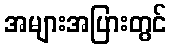
အများအပြားတွင်